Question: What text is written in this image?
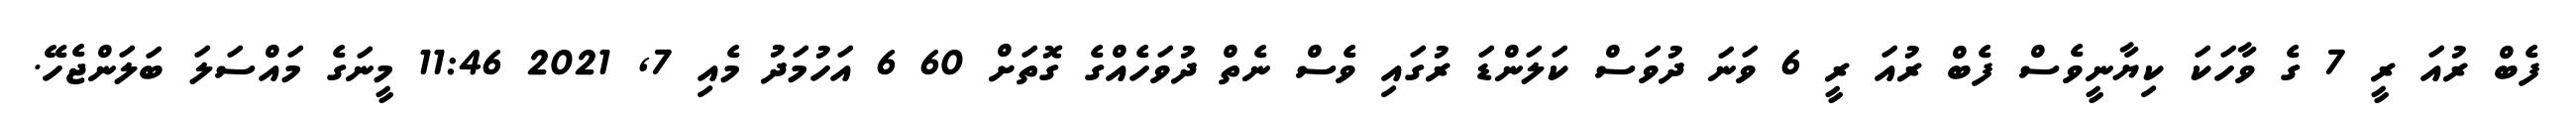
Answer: ފެބް ރުއަ ރީ 7 ގެ ވާހަކަ ކިޔާނީވެސް ފެބް ރުއަ ރީ 6 ވަނަ ދުވަސް ކަލަންޑަ ރުގައި ވެސް ނެތް ދުވަހެއްގެ ގޮތަށް 60 6 އަހުމަދު މެއި 7, 2021 11:46 މީނަގެ މައްސަލަ ބަލަންޖެހޭ.